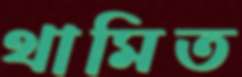
থামিত